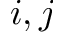
i , j